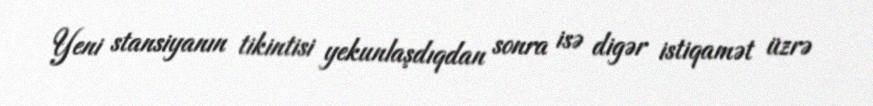
Yeni stansiyanın tikintisi yekunlaşdıqdan sonra isə digər istiqamət üzrə